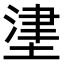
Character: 堻